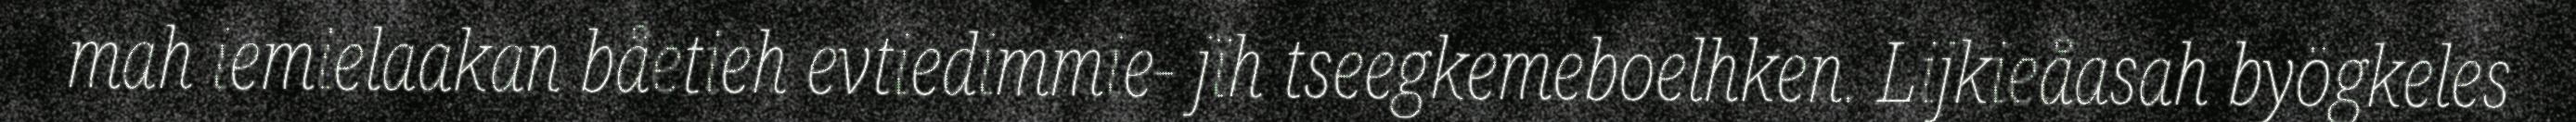
mah iemielaakan båetieh evtiedimmie- jïh tseegkemeboelhken. Lijkieåasah byögkeles